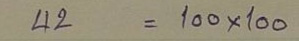
42 = 100 x 100